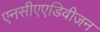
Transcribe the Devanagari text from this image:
एनसीएएडिवीजन